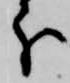
分